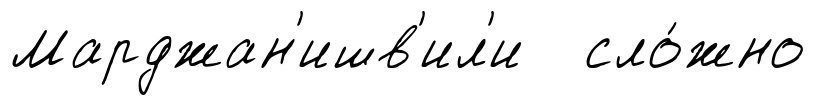
Марджан'ишв'ил'и сло́жно